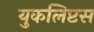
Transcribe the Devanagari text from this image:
युकलिप्टस